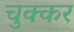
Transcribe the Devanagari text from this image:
चुक्कर